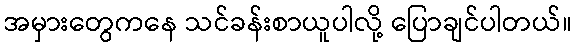
အမှားတွေကနေ သင်ခန်းစာယူပါလို့ ပြောချင်ပါတယ်။